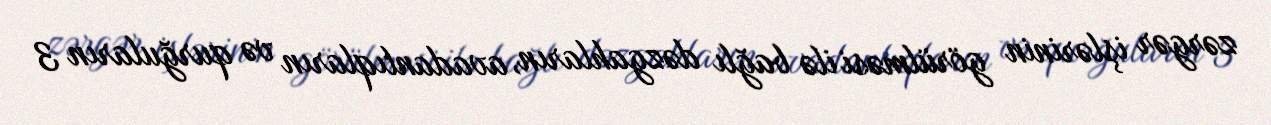
zərgər işlərinin görülməsi ilə bağlı dəzgahların, avadanlıqların və qurğuların 3